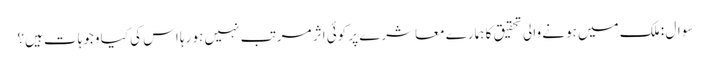
سوال : ملک میں ہونے والی تحقیق کا ہمارے معاشرے پر کوئی اثر مرتب نہیں ہو رہا اس کی کیا وجوہات ہیں؟